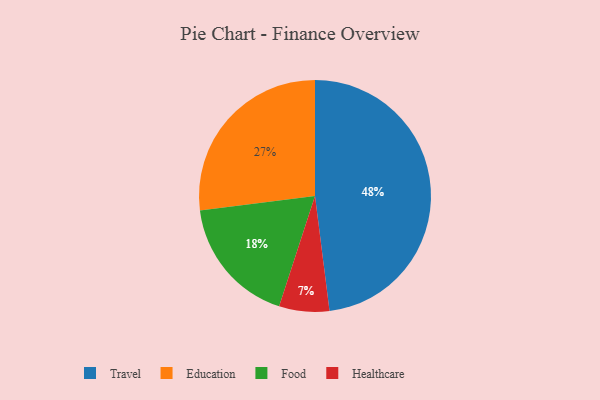
{"axis": {"x": "Category", "y": "Percentage"}, "legend": ["Education", "Food", "Healthcare", "Travel"], "data": [{"x": "Healthcare", "y": 7, "type": "Healthcare"}, {"x": "Food", "y": 18, "type": "Food"}, {"x": "Travel", "y": 48, "type": "Travel"}, {"x": "Education", "y": 27, "type": "Education"}]}